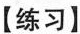
【练习】